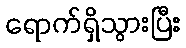
ရောက်ရှိသွားပြီး